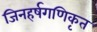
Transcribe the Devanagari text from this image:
जिनहर्षगणिकृत